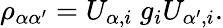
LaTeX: \rho_{\alpha\alpha^{\prime}}=U_{\alpha,i}\space g_{i}U_{\alpha^{\prime},i}.